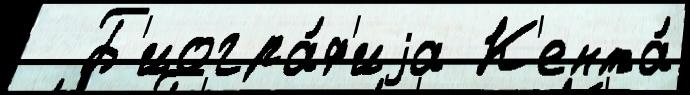
  Б'иогра́ф'иjа К'ента́